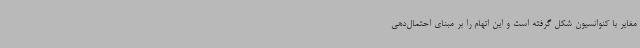
مغایر با کنوانسیون شکل گرفته است و این اتهام را بر مبنای احتمال‌دهی